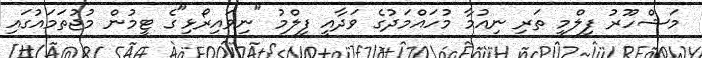
މަޝްހޫރު ފިލްމީ ތަރި ނިއުމާ މުހައްމަދުގެ ވަދާއީ ފިލްމު "ނިވައިރޯޅި"ގެ ޓީމުން މުޖުތަމައުގައި